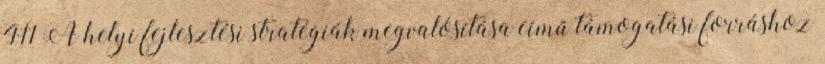
411 A helyi fejlesztési stratégiák megvalósítása című támogatási forráshoz